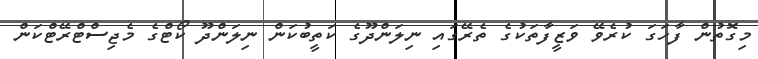
މިގޮތުން ފާހަގަ ކުރެވޭ ވަޒީފާތަކުގެ ތެރޭގައި ނިލަންދޫގެ ކަތީބުކަން ނިލަންދޫ ކޯޓްގެ މެޖިސްޓްރޭޓްކަން